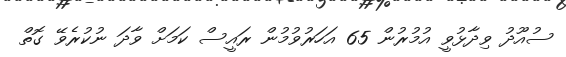
ސުއޫދު ވިދާޅުވީ އުމުރުން 65 އަހަރުވުމުން ރައީސް ކަމަށް ވާދަ ނުކުރެވޭ ގޮތް